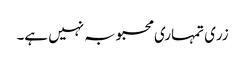
زری تمہاری محبوبہ نہیں ہے۔